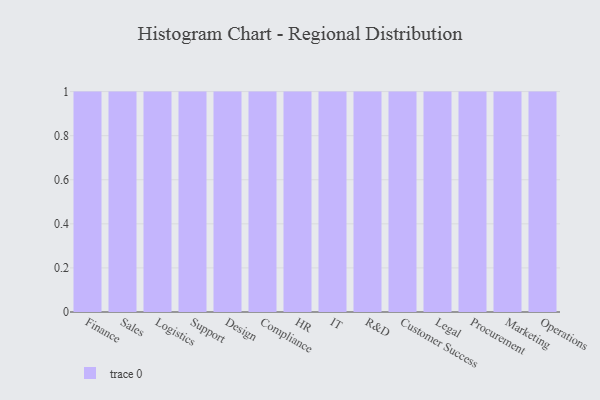
{"axis": {"x": "Department", "y": "Operating Costs (USD K)"}, "legend": [""], "data": [{"x": "Finance", "y": 36, "type": ""}, {"x": "Sales", "y": 71, "type": ""}, {"x": "Logistics", "y": 63, "type": ""}, {"x": "Support", "y": 59, "type": ""}, {"x": "Design", "y": 100, "type": ""}, {"x": "Compliance", "y": 68, "type": ""}, {"x": "HR", "y": 87, "type": ""}, {"x": "IT", "y": 70, "type": ""}, {"x": "R&D", "y": 87, "type": ""}, {"x": "Customer Success", "y": 97, "type": ""}, {"x": "Legal", "y": 22, "type": ""}, {"x": "Procurement", "y": 86, "type": ""}, {"x": "Marketing", "y": 99, "type": ""}, {"x": "Operations", "y": 86, "type": ""}]}